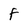
Character: f